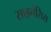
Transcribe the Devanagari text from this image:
साइनेंसिस